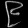
Digit: ၉